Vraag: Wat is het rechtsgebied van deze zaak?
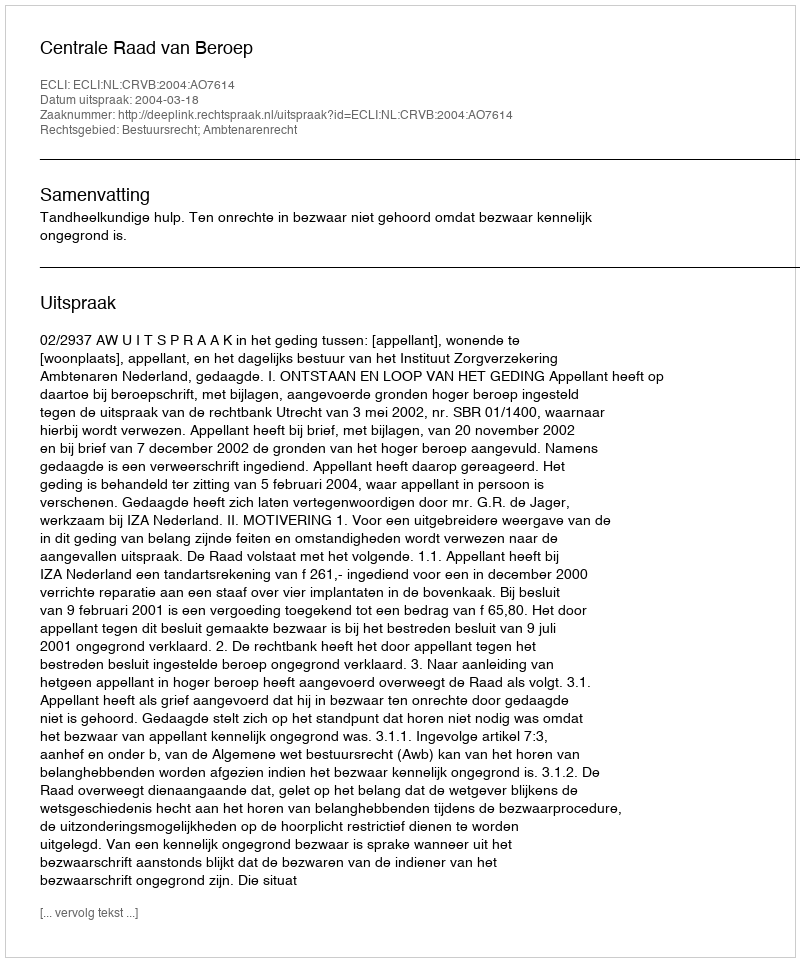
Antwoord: Bestuursrecht; Ambtenarenrecht